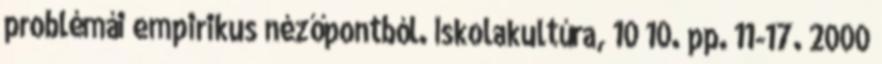
problémái empirikus nézőpontból. Iskolakultúra, 10 10. pp. 11-17. 2000